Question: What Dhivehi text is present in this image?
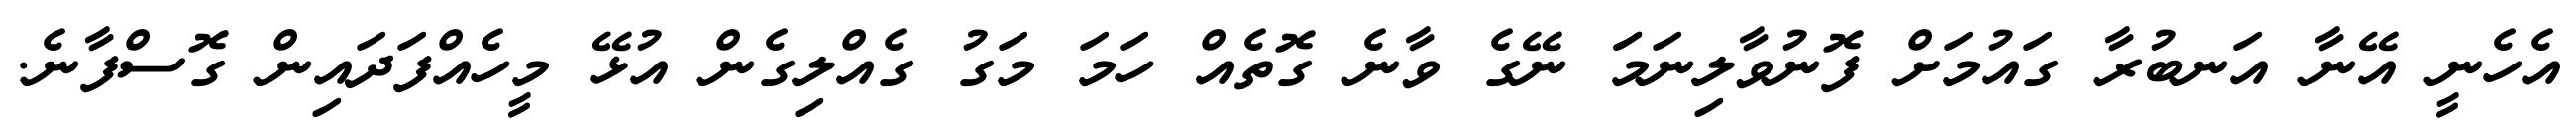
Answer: އެހެނީ އޭނާ އަނބުރާ ގައުމަށް ފޮނުވާލިނަމަަ ނޭގެ ވާނެ ގޮތެއް ހަމަ މަގު ގެއްލިގެން އުޅޭ މީހެއްފަދައިން ގޮސްފާނެ.